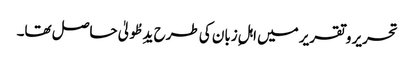
تحریر و تقریر میں اہلِ زبان کی طرح یدِ طُولیٰ حاصل تھا۔